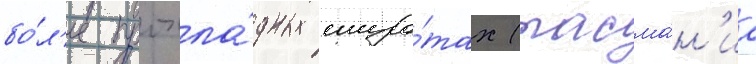
бо́л'ее прохла́дных широ́тах (тасма́н'иа